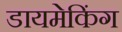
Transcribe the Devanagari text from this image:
डायमेकिंग